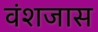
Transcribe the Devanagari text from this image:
वंशजास